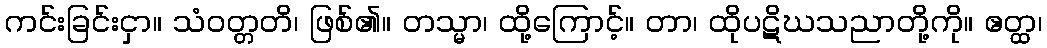
ကင်းခြင်းငှာ။ သံဝတ္တတိ၊ ဖြစ်၏။ တသ္မာ၊ ထို့ကြောင့်။ တာ၊ ထိုပဋိဃသညာတို့ကို။ ဧတ္ထ၊